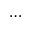
\dots